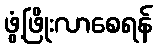
ဖွံ့ဖြိုးလာစေရန်